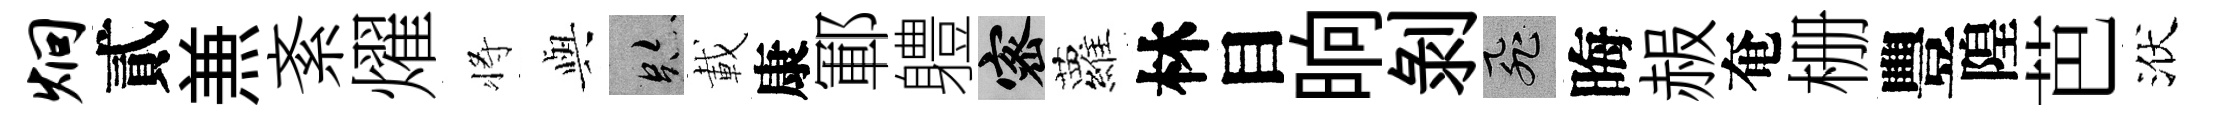
炯貳𠔥紊燿将𫤰跡載康鄆軆密蘿林目晌剝飛晦赧奄栅豐隍芭洑